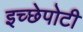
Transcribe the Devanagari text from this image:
इच्छेपोटी